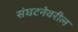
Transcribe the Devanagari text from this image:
संघटनेवरील